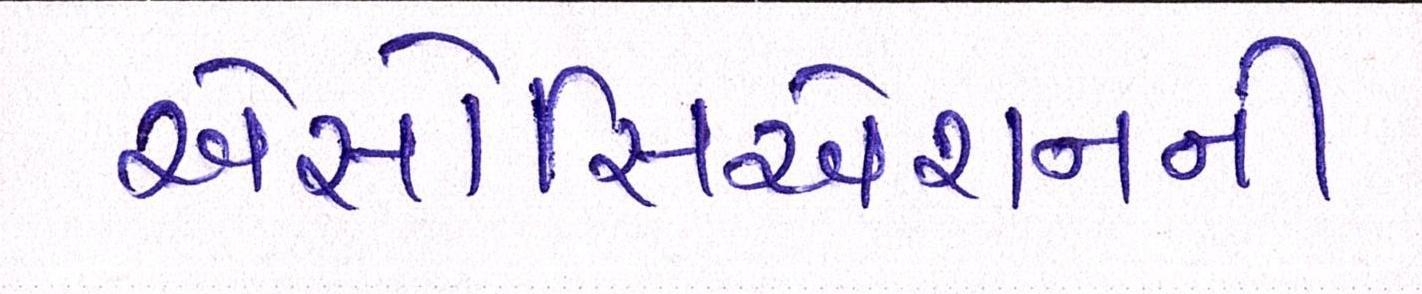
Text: એસોસિએશનની